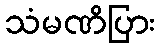
သံမဏိပြား